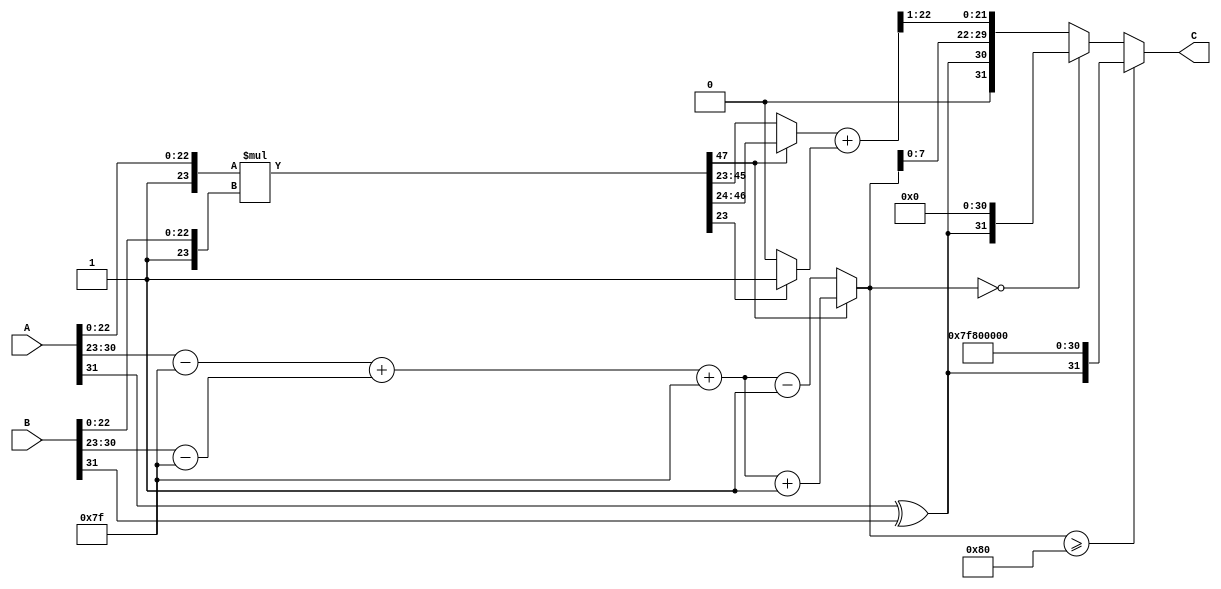
module floating_point_multiplier (
    input wire [31:0] A,  // First floating-point number
    input wire [31:0] B,  // Second floating-point number
    output reg [31:0] C   // Result of multiplication
);

    // Constants
    localparam BIAS = 8'd127;
    localparam EXPONENT_WIDTH = 8;
    localparam MANTISSA_WIDTH = 23;
    localparam MANTISSA_SIZE = MANTISSA_WIDTH + 1; // Including implicit leading 1

    // Internal signals
    wire sign_a = A[31];
    wire sign_b = B[31];
    wire [EXPONENT_WIDTH-1:0] exp_a = A[30:23];
    wire [EXPONENT_WIDTH-1:0] exp_b = B[30:23];
    wire [MANTISSA_WIDTH-1:0] mant_a = A[22:0];
    wire [MANTISSA_WIDTH-1:0] mant_b = B[22:0];

    wire [MANTISSA_SIZE-1:0] mant_a_norm = {1'b1, mant_a}; // Normalized mantissa A
    wire [MANTISSA_SIZE-1:0] mant_b_norm = {1'b1, mant_b}; // Normalized mantissa B

    // Calculate the sign of the result
    wire result_sign = sign_a ^ sign_b;

    // Calculate the exponents
    wire [EXPONENT_WIDTH-1:0] exp_a_adjusted = exp_a - BIAS;
    wire [EXPONENT_WIDTH-1:0] exp_b_adjusted = exp_b - BIAS;
    wire [EXPONENT_WIDTH:0] exp_result = exp_a_adjusted + exp_b_adjusted + BIAS; // Add bias back

    // Mantissa multiplication
    wire [2*MANTISSA_SIZE-1:0] mantissa_product = mant_a_norm * mant_b_norm;

    // Normalize the result
    reg [MANTISSA_SIZE-1:0] mant_result;
    reg [EXPONENT_WIDTH:0] exp_final;
    always @(*) begin
        if (mantissa_product[MANTISSA_SIZE + MANTISSA_SIZE - 1]) begin
            // Result is greater than or equal to 2
            mant_result = mantissa_product[MANTISSA_SIZE + MANTISSA_SIZE - 2:MANTISSA_SIZE]; // Shift right
            exp_final = exp_result + 1;
        end else begin
            // Result is less than 1
            mant_result = mantissa_product[MANTISSA_SIZE + MANTISSA_SIZE - 2:MANTISSA_SIZE - 1]; // Shift left
            exp_final = exp_result - 1;
        end
    end

    // Rounding (round to nearest even)
    wire round_bit = mantissa_product[MANTISSA_SIZE - 1]; // LSB for rounding
    wire [MANTISSA_SIZE-1:0] mantissa_rounded = mant_result + (round_bit ? 1 : 0);

    // Handle overflow and underflow
    always @(*) begin
        if (exp_final >= {1'b1, {EXPONENT_WIDTH-1{1'b0}}}) begin
            // Overflow case
            C = {result_sign, {EXPONENT_WIDTH{1'b1}}, {MANTISSA_WIDTH{1'b0}}}; // Set to infinity
        end else if (exp_final == 0) begin
            // Underflow case
            C = {result_sign, 8'b0, {MANTISSA_WIDTH{1'b0}}}; // Set to zero
        end else begin
            // Normal case
            C = {result_sign, exp_final[EXPONENT_WIDTH-1:0], mantissa_rounded[MANTISSA_WIDTH-1:1]};
        end
    end

endmodule